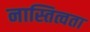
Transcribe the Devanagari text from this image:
नास्तित्वता